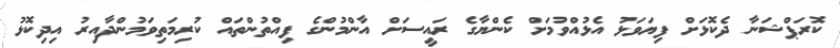
ކޮރަޕްޝަނާ ދެކޮޅަށް ފިޔަވަޅު އެޅުއްވުމަށް ކެންޔާގެ ރައީސަށް އާންމުންގެ ފިއްތުންތައް ކުރިމަތިވަމުންދާއިރު އިދިކޮޅު